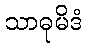
သာဓုမိဒံ